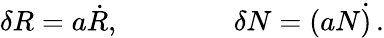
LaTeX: \delta R=a\dot{R},\qquad\qquad\delta N=(aN\dot{)}\, .